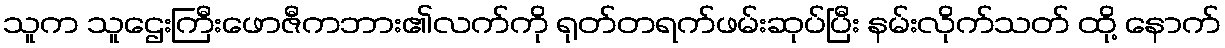
သူက သူဌေးကြီးဖောဇီကဘား၏လက်ကို ရုတ်တရက်ဖမ်းဆုပ်ပြီး နမ်းလိုက်သတ် ထို့ နောက်